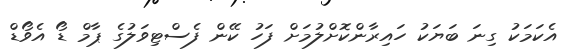
އެކަމަކު ގިނަ ބަޔަކު ހައިރާންކޮށްލުމަށް ފަހު ކޭން ފެސްޓިވަލުގެ ޕާމް ޑޯ އެވޯޑް